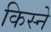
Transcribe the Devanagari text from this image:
किस्ने